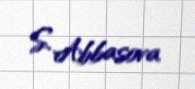
S. Abbasova